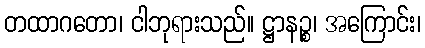
တထာဂတော၊ ငါဘုရားသည်။ ဋ္ဌာနဉ္စ၊ အကြောင်း၊